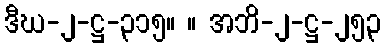
ဒီဃ-၂-ဋ္ဌ-၃၁၅။ ။ အဘိ-၂-ဋ္ဌ-၂၅၃